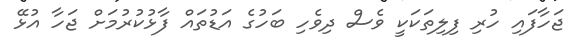
ޖަހާފައި ހުރި ފިލިތަކަކީ ވެސް ދިވެހި ބަހުގެ އަޑުތައް ފާޅުކުރުމަށް ޖަހާ އުޅޭ